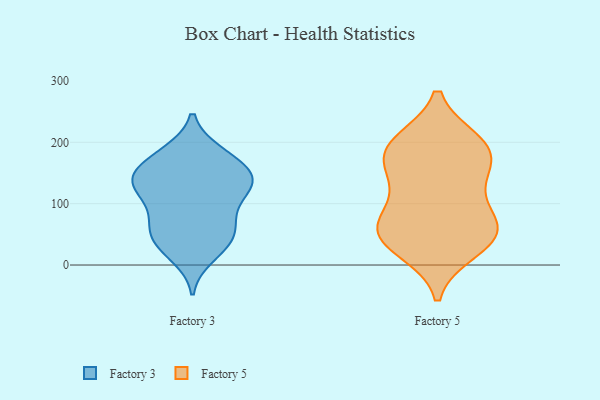
{"axis": {"x": "Website Visitors", "y": "Value"}, "legend": ["Factory 3", "Factory 5"], "data": [{"x": "", "y": 126, "type": "Factory 3"}, {"x": "", "y": 149, "type": "Factory 3"}, {"x": "", "y": 150, "type": "Factory 3"}, {"x": "", "y": 123, "type": "Factory 3"}, {"x": "", "y": 183, "type": "Factory 3"}, {"x": "", "y": 15, "type": "Factory 3"}, {"x": "", "y": 59, "type": "Factory 3"}, {"x": "", "y": 48, "type": "Factory 3"}, {"x": "", "y": 126, "type": "Factory 3"}, {"x": "", "y": 32, "type": "Factory 3"}, {"x": "", "y": 172, "type": "Factory 3"}, {"x": "", "y": 183, "type": "Factory 3"}, {"x": "", "y": 143, "type": "Factory 3"}, {"x": "", "y": 35, "type": "Factory 3"}, {"x": "", "y": 92, "type": "Factory 3"}, {"x": "", "y": 78, "type": "Factory 3"}, {"x": "", "y": 124, "type": "Factory 3"}, {"x": "", "y": 62, "type": "Factory 3"}, {"x": "", "y": 145, "type": "Factory 3"}, {"x": "", "y": 188, "type": "Factory 5"}, {"x": "", "y": 161, "type": "Factory 5"}, {"x": "", "y": 189, "type": "Factory 5"}, {"x": "", "y": 190, "type": "Factory 5"}, {"x": "", "y": 26, "type": "Factory 5"}, {"x": "", "y": 58, "type": "Factory 5"}, {"x": "", "y": 43, "type": "Factory 5"}, {"x": "", "y": 57, "type": "Factory 5"}, {"x": "", "y": 111, "type": "Factory 5"}, {"x": "", "y": 52, "type": "Factory 5"}, {"x": "", "y": 65, "type": "Factory 5"}, {"x": "", "y": 136, "type": "Factory 5"}, {"x": "", "y": 199, "type": "Factory 5"}]}